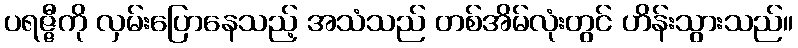
ပရဇ္ဇီကို လှမ်းပြောနေသည့် အသံသည် တစ်အိမ်လုံးတွင် ဟိန်းသွားသည်။